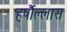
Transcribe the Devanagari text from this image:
हर्षौल्लास